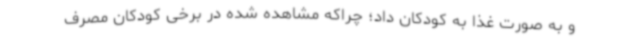
و به صورت غذا به کودکان داد؛ چراکه مشاهده شده در برخی کودکان مصرف